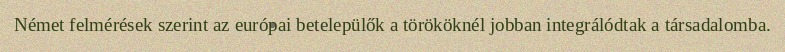
Német felmérések szerint az európai betelepülők a törököknél jobban integrálódtak a társadalomba.